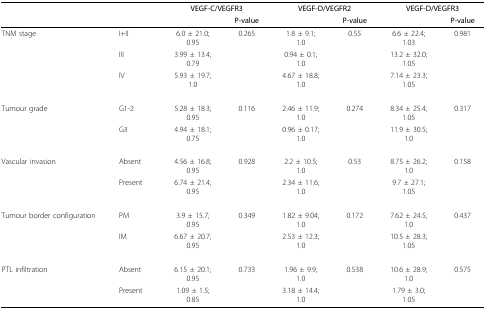
|  |  | <COLSPAN=2> VEGF-C/VEGFR3 | <COLSPAN=2> VEGF-D/VEGFR2 | <COLSPAN=2> VEGF-D/VEGFR3 |
 |  |  |  | P-value |  | P-value |  | P-value |
 | --- | --- | --- | --- | --- | --- | --- | --- |
 | TNM stage | I+II | 6.0 ± 21.0;0.95 | 0.265 | 1.8 ± 9.1;1.0 | 0.55 | 6.6 ± 22.4;1.03 | 0.981 |
 |  | III | 3.99 ± 13.4;0.79 |  | 0.94 ± 0.1;1.0 |  | 13.2 ± 32.0;1.05 |  |
 |  | IV | 5.93 ± 19.7;1.0 |  | 4.67 ± 18.8;1.0 |  | 7.14 ± 23.3;1.05 |  |
 | Tumour grade | G1-2 | 5.28 ± 18.3;0.95 | 0.116 | 2.46 ± 11.9;1.0 | 0.274 | 8.34 ± 25.4;1.05 | 0.317 |
 |  | G3 | 4.94 ± 18.1;0.75 |  | 0.96 ± 0.17;1.0 |  | 11.9 ± 30.5;1.0 |  |
 | Vascular invasion | Absent | 4.56 ± 16.8;0.95 | 0.928 | 2.2 ± 10.5;1.0 | 0.53 | 8.75 ± 26.2;1.0 | 0.158 |
 |  | Present | 6.74 ± 21.4;0.95 |  | 2.34 ± 11.6;1.0 |  | 9.7 ± 27.1;1.05 |  |
 | Tumour border configuration | PM | 3.9 ± 15.7;0.95 | 0.349 | 1.82 ± 9.04;1.0 | 0.172 | 7.62 ± 24.5;1.0 | 0.437 |
 |  | IM | 6.67 ± 20.7;0.95 |  | 2.53 ± 12.3;1.0 |  | 10.5 ± 28.3;1.05 |  |
 | PTL infiltration | Absent | 6.15 ± 20.1;0.95 | 0.733 | 1.96 ± 9.9;1.0 | 0.538 | 10.6 ± 28.9;1.0 | 0.575 |
 |  | Present | 1.09 ± 1.5;0.85 |  | 3.18 ± 14.4;1.0 |  | 1.79 ± 3.0;1.05 |  |